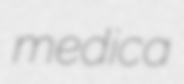
medica